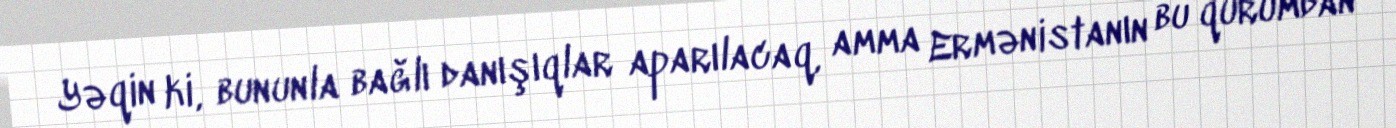
Yəqin ki, bununla bağlı danışıqlar aparılacaq, amma Ermənistanın bu qurumdan